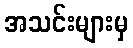
အသင်းများမှ